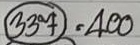
(337) = 400